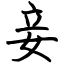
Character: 妾